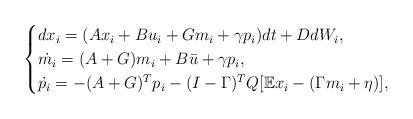
LaTeX: \begin{align*} \begin{cases}dx_i =( Ax_i +Bu_i +G m_i+\gamma p_i) dt +D dW_i,\\ \dot{m_i }= (A + G)m_i +B\bar u +\gamma p_i,\\ \dot{ p_i} = -(A+G)^T p_i -(I-\Gamma)^T Q [\mathbb{E}x_i- (\Gamma m_i+\eta)],\end{cases}\end{align*}